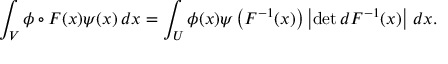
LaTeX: \int _ { V } \phi \circ F ( x ) \psi ( x ) \, d x = \int _ { U } \phi ( x ) \psi \left( F ^ { - 1 } ( x ) \right) \left| \operatorname* { d e t } d F ^ { - 1 } ( x ) \right| \, d x .